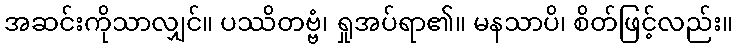
အဆင်းကိုသာလျှင်။ ပဿိတဗ္ဗံ၊ ရှုအပ်ရာ၏။ မနသာပိ၊ စိတ်ဖြင့်လည်း။